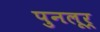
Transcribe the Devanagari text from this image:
पुनलूर्